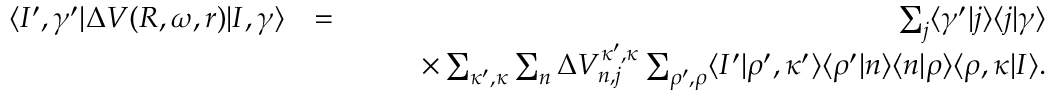
\begin{array} { r l r } { \langle I ^ { \prime } , \gamma ^ { \prime } | \Delta V ( R , \omega , r ) | I , \gamma \rangle } & { = } & { \sum _ { j } \langle \gamma ^ { \prime } | j \rangle \langle j | \gamma \rangle } \\ & { } & { \qquad \times \sum _ { \kappa ^ { \prime } , \kappa } \sum _ { n } \Delta V _ { n , j } ^ { \kappa ^ { \prime } , \kappa } \sum _ { \rho ^ { \prime } , \rho } \langle I ^ { \prime } | \rho ^ { \prime } , \kappa ^ { \prime } \rangle \langle \rho ^ { \prime } | n \rangle \langle n | \rho \rangle \langle \rho , \kappa | I \rangle . } \end{array}